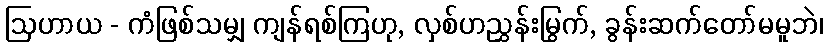
ဩဟာယ - ကံဖြစ်သမျှ ကျန်ရစ်ကြဟု, လှစ်ဟညွှန်းမြွက်, ခွန်းဆက်တော်မမူဘဲ၊